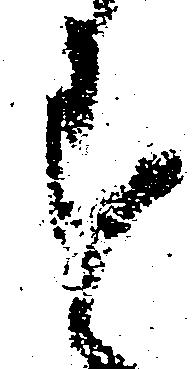
す